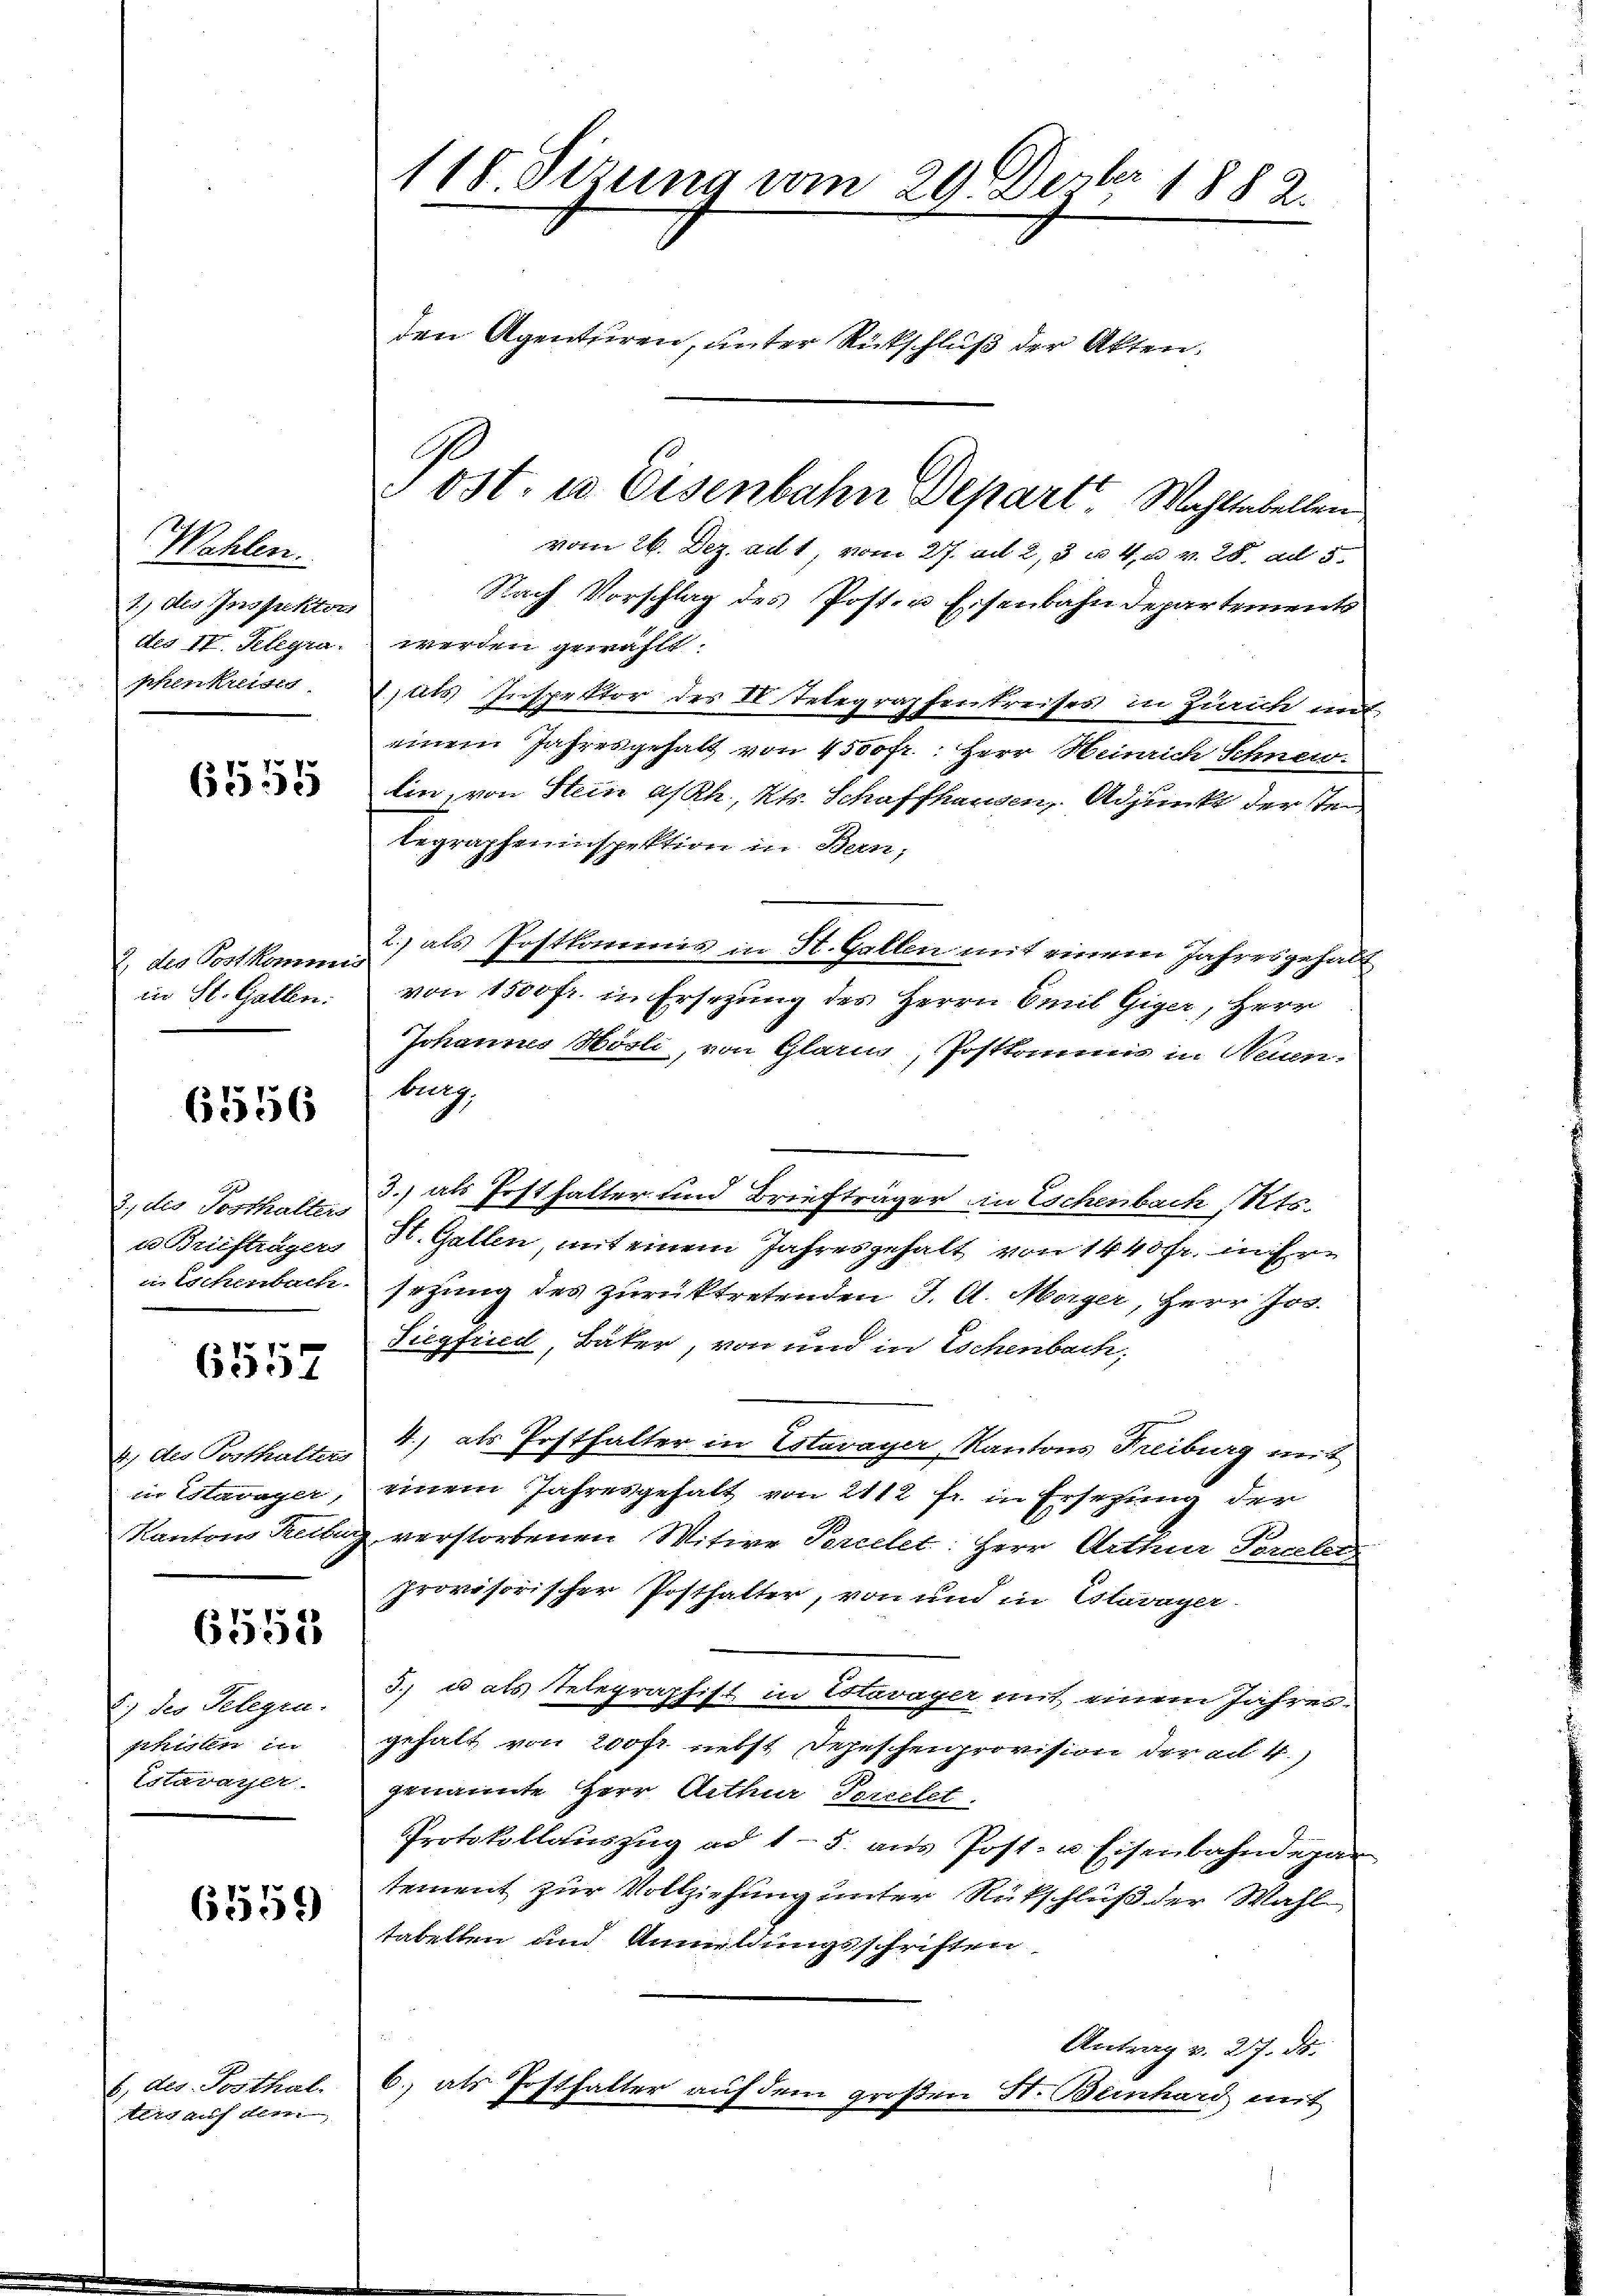
Wahlen.
1) Als Inspektor
des II. Pelegra
kchenkreises.

6555

2 die Post kommis
in St. Gatten.

6556

2., des Posthalters
u Briefträgers
in Lockenbach

6557

4.) Als Posthalters
in Estavayer,
Kantons Reibur

6551

) der Gelegen.
Schisten in
Estavayer.

6559)

8) des. Posthal.
tlig auf dem

115 Sizung vom 29. Dezbr. 1882.
den Agenturen, unter Rückschluß der Akten.
Post. es Eisenbahn Depart Wahlsabellen

vom 26. Dez. ad 1, vom 27. ad 2, 3 u. 4, a v. 28. ad 5.
Nach Vorschlag des Posten Eisenbahndepartements
werden gewählt:
) als Inspektor der II. Telegraphentreises in Zürich mit
einem Jahresgehalt von 4500fr.: Herr Heinrich Schnen.
Ein, von Stein a/Rh., Kt. Schaffhausen, Adjunkt der Tei
legrapheninspektion in Bern,
2) als Postkommis in St. Gallen mit einem Jahres gehalt
von 1500fr. in Ersezung des Herrn Emil Giger, Herr
Johannes Wörli, von Glarn, Postkommis in Neuen-
bing
3.) als Posthalter und Briefträger in Eschenbach, Kts.
St. Gallen, mit einem Jahres gehalt von 1440fr. in ihre
sehung des zurücktretenden J. A. Morger, Herr Jos.
Siegfried, Bäker, von und in Eschenbach,
4.) als Posthalter in Estavayer Kantons Freiburg mit
einem Jahresgehalt von 2112 fr. in Ersezung der
verstorbenen Witwe Percelet: Herr Arther Percelen
provisorischer Posthalter, von und in Estavayer
3) u als Telegraphist in Stevager mit einem Jahres-
gehalt von 200fr. nebst Depeschenprovision der ad 4.
genannte Herr Arthner Percelet
Protokollaŭszŭg ad 15. aus Post- u Eisenbahndepar
tement zur Vollziehung unter Rückschluß der Wahl
tabellen und Anmeldungsschriften
2
Antrag v. 27. ds.
b., als Posthalter auf dem großen St. Bernhard mit